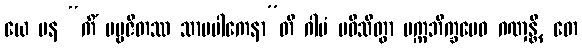
ယေ ပန “ကိံ ပဗ္ဗဇိတဿ သာမပါကေနာ”တိ ဂါမံ ပဝိသိတွာ ပက္ကဘိက္ခမေဝ ဂဏှန္တိ, တေ